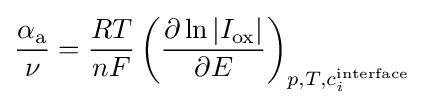
{\frac {\alpha _{\rm {a}}}{\nu }}={\frac {RT}{nF}}\left({\frac {\partial \ln |I_{\rm {ox}}|}{\partial E}}\right)_{p,T,c_{i}^{\rm {interface}}}